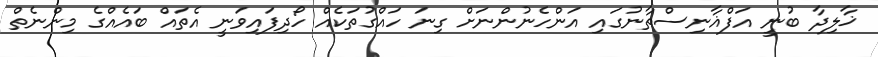
ޚާލިދާ ބުނީ އަފްޣާނިސްތާނުގައި އަންހެނުންނަށް ގިނަ ހައްގުތަކެއް ހޯދިފައިވަނީ އެތައް ބައެއްގެ މިންނެތް